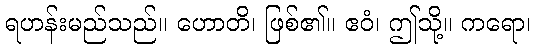
ရဟန်းမည်သည်။ ဟောတိ၊ ဖြစ်၏။ ဧဝံ၊ ဤသို့။ ကရော၊